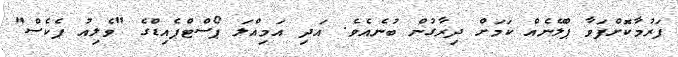
ފަރުމާކޮށްފަވާ ޕްލޭނެއް ކަމަށް ދިރާގުން ބުނެއެވެ. އަދި އަމިއްލަ ޕޯސްޓްޕެއިޑްގެ "ވެލިއު ޕެކެސް"